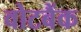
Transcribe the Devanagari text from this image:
वोटबैंक